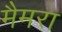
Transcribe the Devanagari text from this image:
मैमरा